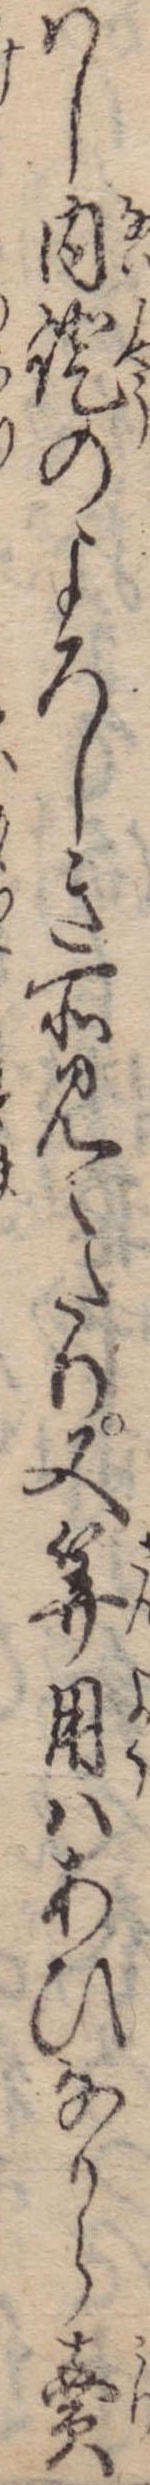
はし内証のよろしき所見えたり又算用はあひなから売